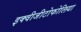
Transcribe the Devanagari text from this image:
इक्वीजीटोफोलिया